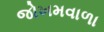
જોખમવાળા